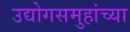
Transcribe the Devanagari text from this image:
उद्योगसमुहांच्या